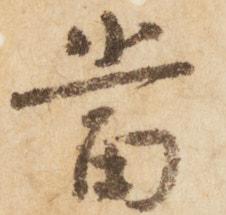
当